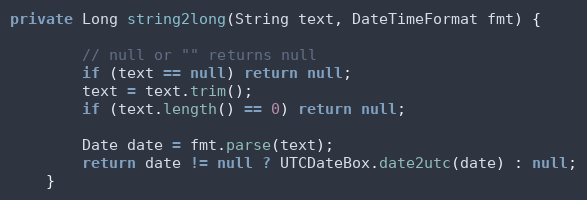
Language: Java
private Long string2long(String text, DateTimeFormat fmt) {

        // null or "" returns null
        if (text == null) return null;
        text = text.trim();
        if (text.length() == 0) return null;

        Date date = fmt.parse(text);
        return date != null ? UTCDateBox.date2utc(date) : null;
    }